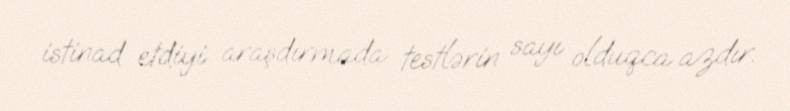
istinad etdiyi araşdırmada testlərin sayı olduqca azdır.